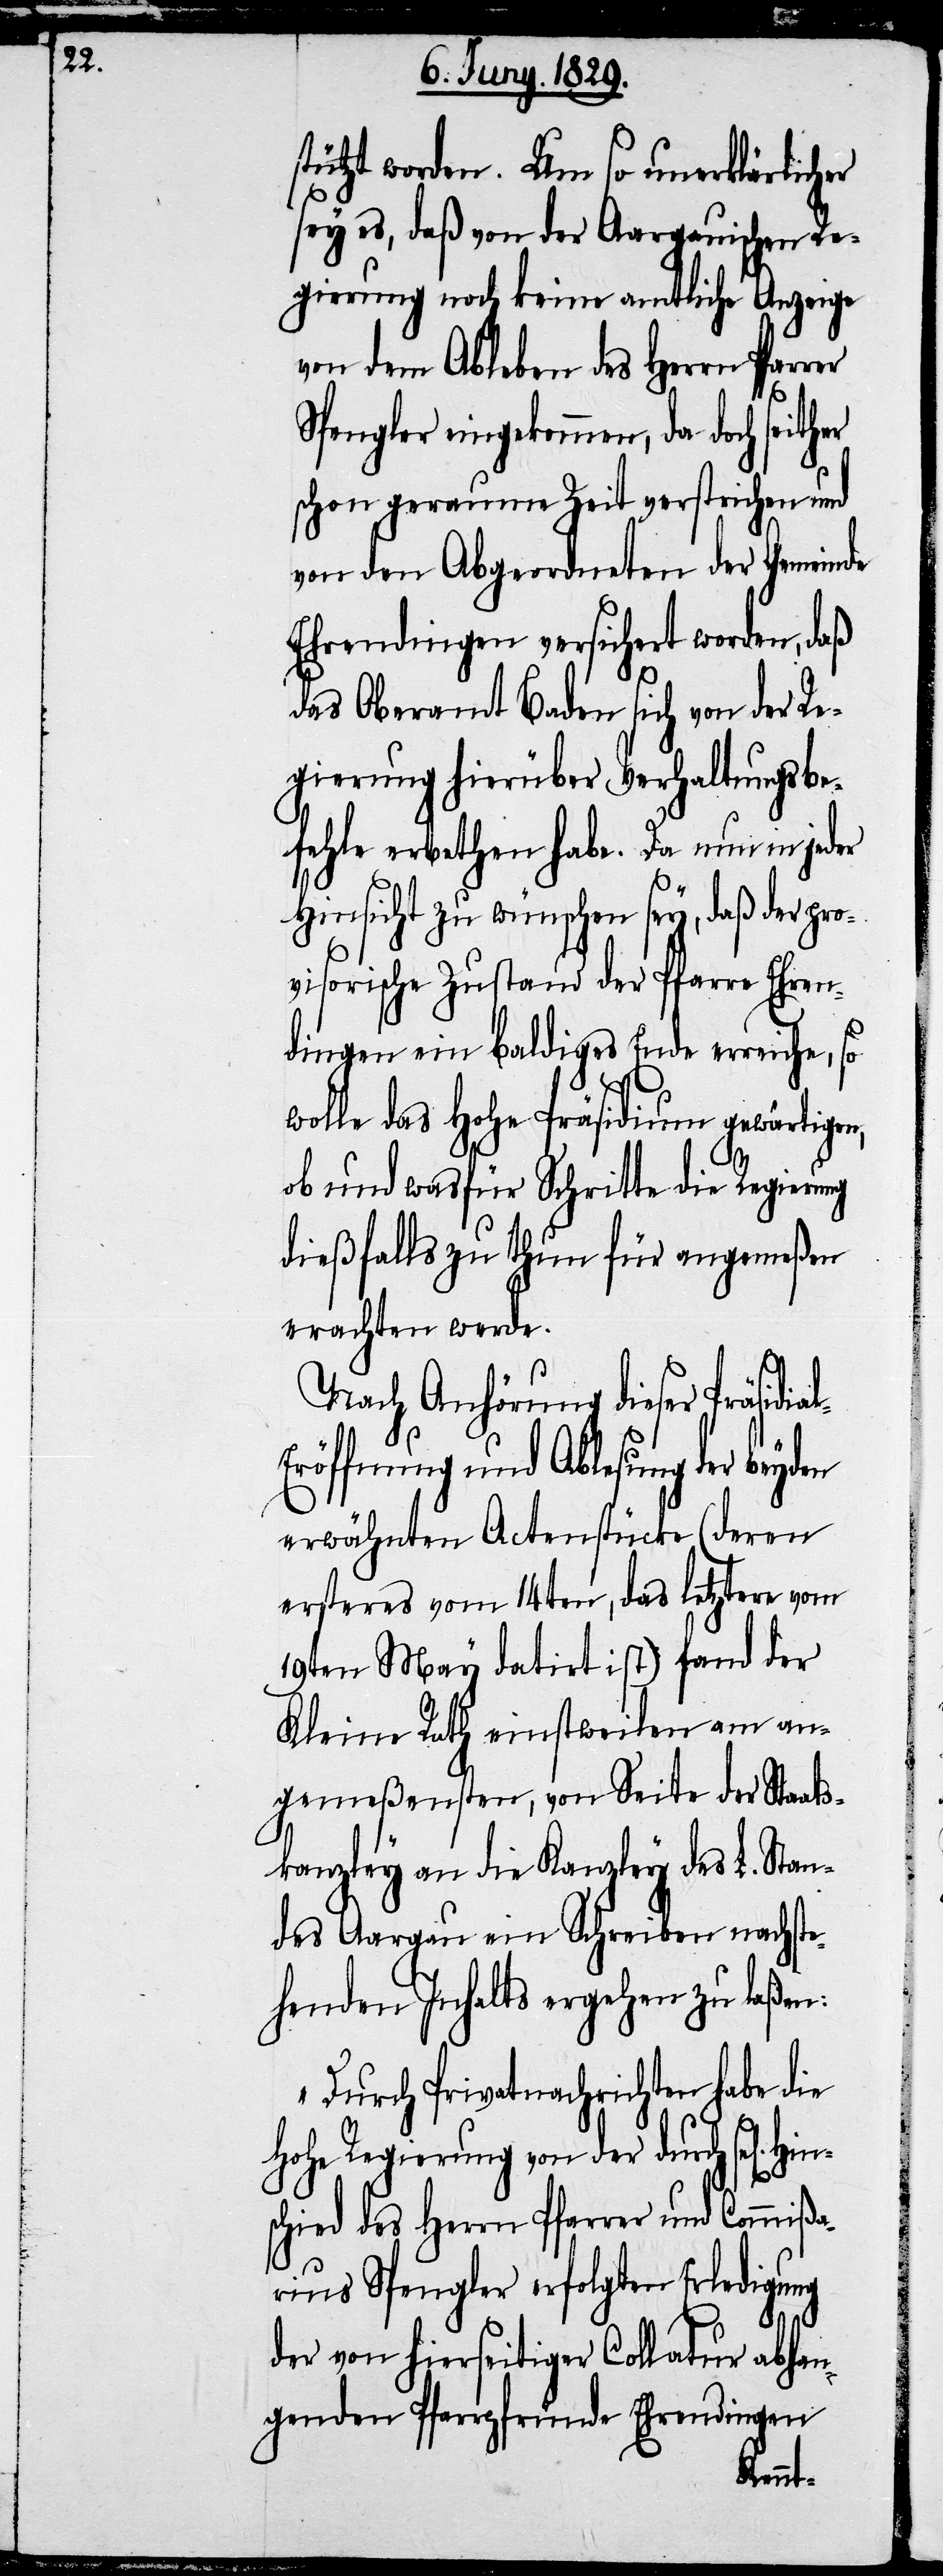
l-E¬

stützt worden. Um so unerklärlicher
sey es, daß von der Aargauischen Re¬
gierung noch keine amtliche Anzeige
von dem Ableben des Herrn Pfar¬
Spengler eingekommen, da doch seither
schon geraume Zeit verstrichen und
von den Abgeordneten der Gemeinde
Ehrendingen versichert worden, daß
das Oberamt Baden sich von der Re¬
gierung hierüber Verhaltungsbe¬
fehle erbethen habe. Da nun in jeder
Hinsicht zu wünschen sey, daß der pro¬
visorische Zustand der Pfarre Ehren¬
dingen ein baldiges Ende erreiche, so
wolle das Hohe Präsidium gewärtigen,
ob und wasfür Schritte die Regierung
dießfalls zu thun für angemeßen
erachten werde.
Nach Anhörung dieser Präsidia¬
röffnung und Ablesung der beyden
erwähnten Actenstücke (deren
ersteres vom 14ten, das letztere vom
19ten May datirt ist) fand der
Kleine Rath einstweilen am an¬
gemeßensten, von Seite der Staats¬
kanzley an die Kanzley des L. Stan¬
des Aargau ein Schreiben nachste¬
henden Inhalts ergehen zu laßen:
„Durch Privatnachrichten habe
Hohe Regierung von der durch sel[i¬
schied des Herrn Pfarrer und Commißa¬
rius Spengler erfolgten Erledigung
der von hierseitiger Collatur abhan¬
genden Pfarrpfründe Ehrendingen
Hin¬